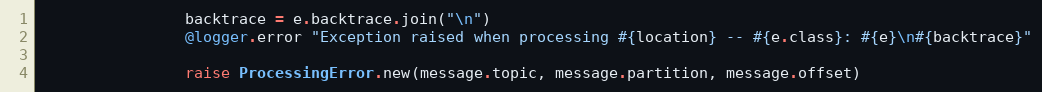
Language: Ruby
                backtrace = e.backtrace.join("\n")
                @logger.error "Exception raised when processing #{location} -- #{e.class}: #{e}\n#{backtrace}"

                raise ProcessingError.new(message.topic, message.partition, message.offset)